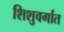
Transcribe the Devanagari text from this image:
शिशुवर्गात